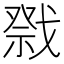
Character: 𭟷